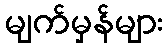
မျက်မှန်များ